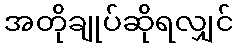
အတိုချုပ်ဆိုရလျှင်